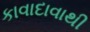
કાવાદાવાથી